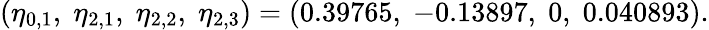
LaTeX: (\eta_{0,1},\; \eta_{2,1},\; \eta_{2,2},\; \eta_{2,3})=(0.39765,\; -0.13897,\; 0,\; 0.040893).